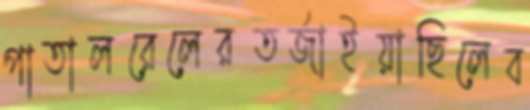
পাতালরেলেরতর্জাইয়াছিলেব